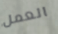
العمل